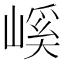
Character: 嵠